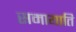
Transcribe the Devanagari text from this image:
समायाति